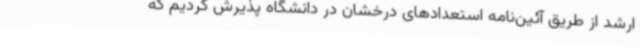
ارشد از طریق آئین‌نامه استعدادهای درخشان در دانشگاه پذیرش کردیم که